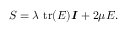
{ \boldsymbol { S } } = \lambda ~ { \mathrm { t r } } ( { \boldsymbol { E } } ) { \boldsymbol { \mathit { I } } } + 2 \mu { \boldsymbol { E } } { \mathrm { . } }